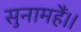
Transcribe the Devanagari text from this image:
सुनामहैं।।